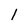
Character: I